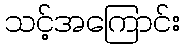
သင့်အကြောင်း